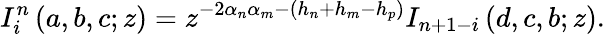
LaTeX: I_{i}^{n}\left(a,b,c;z\right)=z^{-2\alpha_{n}\alpha_{m}-\left(h_{n}+h_{m}-h_{p}\right)}I_{n+1-i}\left(d,c,b;z\right).